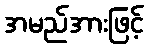
အမည်အားဖြင့်